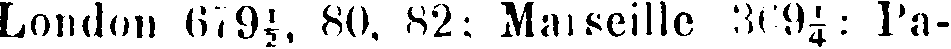
London 679 ½, 80. 82: Marseille 369¼: Pa-